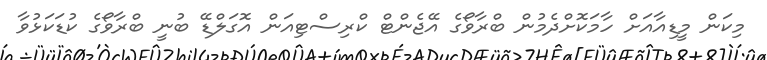
މިކަން މީޑިއާއަށް ހާމަކޮށްދެމުން ބްރާވޯގެ އޭޖެންޓް ކްރިސްޓިއަން އޮގަލްޑޭ ބުނީ ބްރާވޯގެ ކުޑަކަޅުވާ